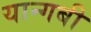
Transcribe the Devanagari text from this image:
यान्गबी